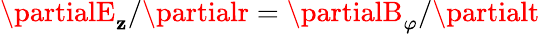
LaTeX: \partialE_{\mathbf{z}}/\partialr=\partialB_{\varphi}/\partialt